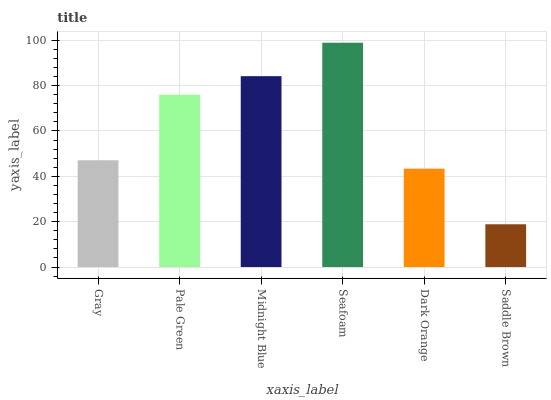
| xaxis_label | bars |
 | --- | --- |
 | Gray | 47.1 |
 | Pale Green | 76 |
 | Midnight Blue | 84.1 |
 | Seafoam | 98.9 |
 | Dark Orange | 43.4 |
 | Saddle Brown | 18.9 |